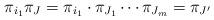
LaTeX: \begin{align*} \pi_{i_1}\pi_J = \pi_{i_1} \cdot \pi_{J_1}\cdots \pi_{J_m} = \pi_{J'}\end{align*}